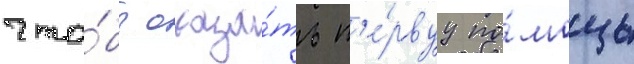
что́бы оказа́ть п'е́рвуу по́мощь